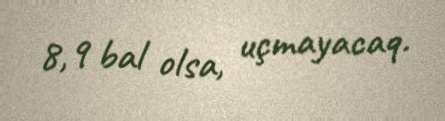
8,9 bal olsa, uçmayacaq.